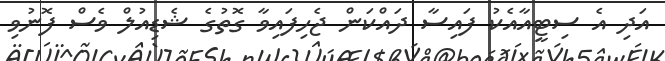
އަދި އެ ސިޓީއާއެކު ފައިސާ ދައްކަން ޖެހިފައިވާ ގޮތުގެ ޝެޑިއުލް ވެސް ފޮނުވި